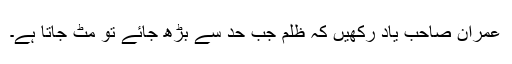
عمران صاحب یاد رکھیں کہ ظلم جب حد سے بڑھ جائے تو مٹ جاتا ہے۔